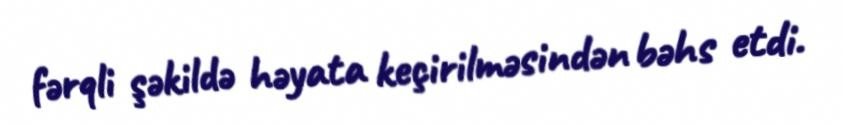
fərqli şəkildə həyata keçirilməsindən bəhs etdi.